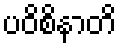
ပဝိစိနာတိ